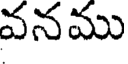
వనము